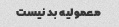
معمولیه بد نیست